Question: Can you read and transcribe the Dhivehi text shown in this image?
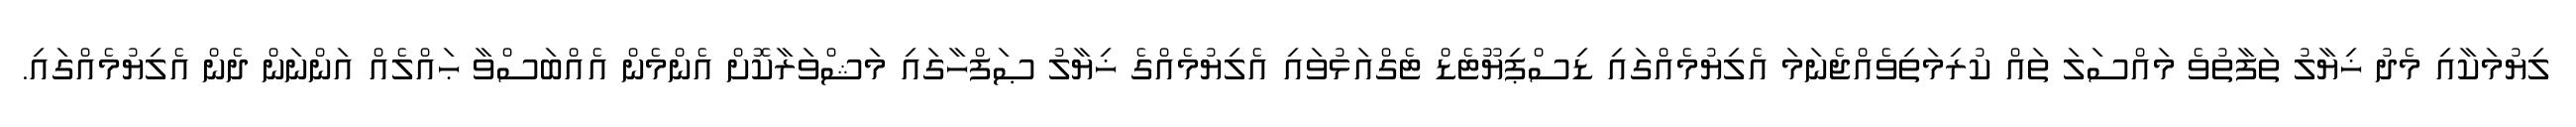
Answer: ލިޔުމަކާއި މެދު ޚިޔާލު ތަފާތުވެ މައްސަލަ ތައް ކުރިމަތިވެއްޖެނަމަ އެލިޔުމެއްގައި ޑިސްޕިޔޫޓެޑް ޓެގްއަޅުވައި އެލިޔުމެއްގެ ޚިޔާލު ޞަފްހާގައި މަޝްވަރާކޮށް އެންމެން އެއްބަސްވާ ޙައްލެއް އަންނަން ދެން އެލިޔުމެއްގައި.